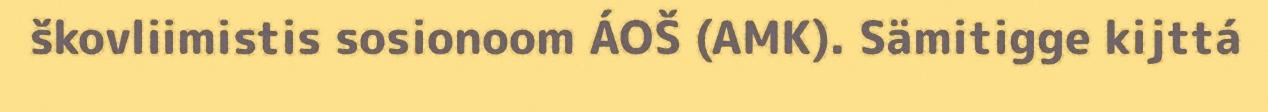
škovliimistis sosionoom ÁOŠ (AMK). Sämitigge kijttá